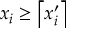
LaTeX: x _ { i } \geq \left\lceil x _ { i } ^ { \prime } \right\rceil